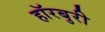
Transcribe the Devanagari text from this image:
हॉरबुरी